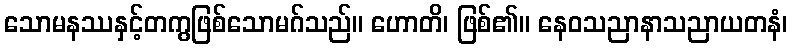
သောမနဿနှင့်တကွဖြစ်သောမဂ်သည်။ ဟောတိ၊ ဖြစ်၏။ နေဝသညာနာသညာယတနံ၊